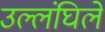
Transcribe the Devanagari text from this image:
उल्लंघिले